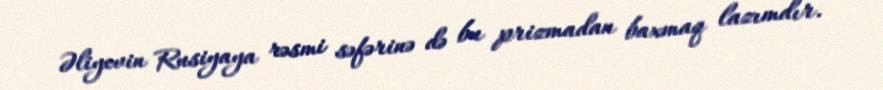
Əliyevin Rusiyaya rəsmi səfərinə də bu prizmadan baxmaq lazımdır.